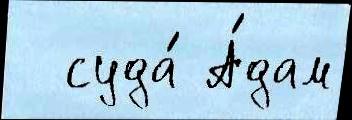
  суда́ А́дам